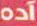
آده